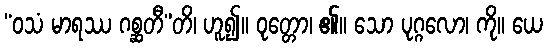
“ဝသံ မာရဿ ဂစ္ဆတီ”တိ၊ ဟူ၍။ ဝုတ္တော၊ ၏။ သော ပုဂ္ဂလော၊ ကို။ ယေ